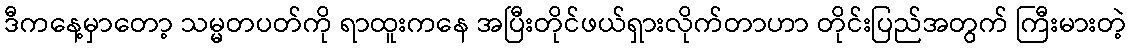
ဒီကနေ့မှာတော့ သမ္မတပတ်ကို ရာထူးကနေ အပြီးတိုင်ဖယ်ရှားလိုက်တာဟာ တိုင်းပြည်အတွက် ကြီးမားတဲ့